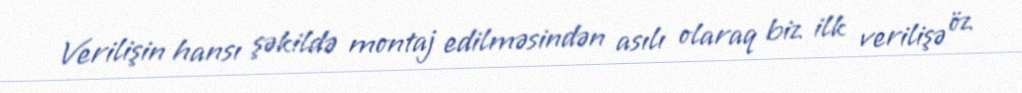
Verilişin hansı şəkildə montaj edilməsindən asılı olaraq biz ilk verilişə öz